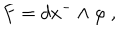
LaTeX: F = d x ^ { - } \wedge \varphi ~ ,